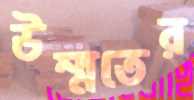
উম্মতের